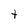
Character: t